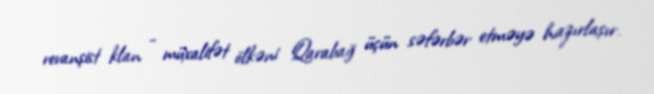
revanşist klan - müxalifət ölkəni Qarabağ üçün səfərbər etməyə hazırlaşır.